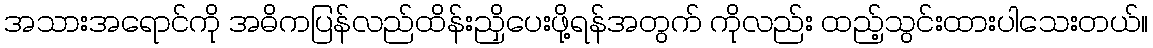
အသားအရောင်ကို အဓိကပြန်လည်ထိန်းညှိပေးဖို့ရန်အတွက် ကိုလည်း ထည့်သွင်းထားပါသေးတယ်။